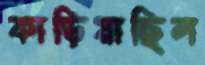
কাড়িয়াছিল